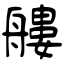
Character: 艛